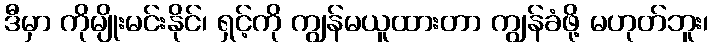
ဒီမှာ ကိုမျိုးမင်းနိုင်၊ ရှင့်ကို ကျွန်မယူထားတာ ကျွန်ခံဖို့ မဟုတ်ဘူး၊